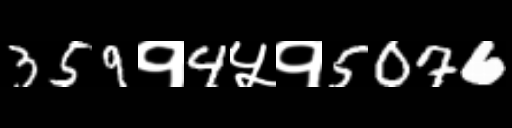
Text: 359१4५१5076